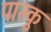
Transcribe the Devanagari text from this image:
पास्कु